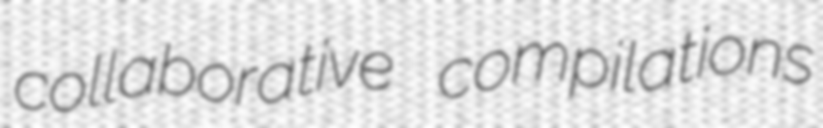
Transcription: collaborative compilations